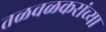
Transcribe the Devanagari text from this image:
तळवळकरांच्या